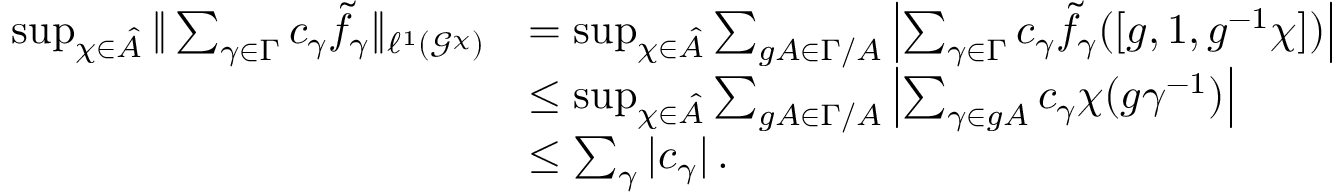
\begin{array} { r l } { \operatorname* { s u p } _ { \chi \in \hat { A } } \| \sum _ { \gamma \in \Gamma } c _ { \gamma } \tilde { f } _ { \gamma } \| _ { \ensuremath { \ell ^ { 1 } } ( \ensuremath { \mathcal { G } } ^ { \chi } ) } } & { = \operatorname* { s u p } _ { \chi \in \hat { A } } \sum _ { g A \in \Gamma / A } \left| \sum _ { \gamma \in \Gamma } c _ { \gamma } \tilde { f } _ { \gamma } ( [ g , 1 , g ^ { - 1 } \chi ] ) \right| } \\ & { \leq \operatorname* { s u p } _ { \chi \in \hat { A } } \sum _ { g A \in \Gamma / A } \left| \sum _ { \gamma \in g A } c _ { \gamma } \chi ( g \gamma ^ { - 1 } ) \right| } \\ & { \leq \sum _ { \gamma } | c _ { \gamma } | \ensuremath { \, \mathrm { . } } } \end{array}